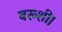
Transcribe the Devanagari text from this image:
बख्शी।